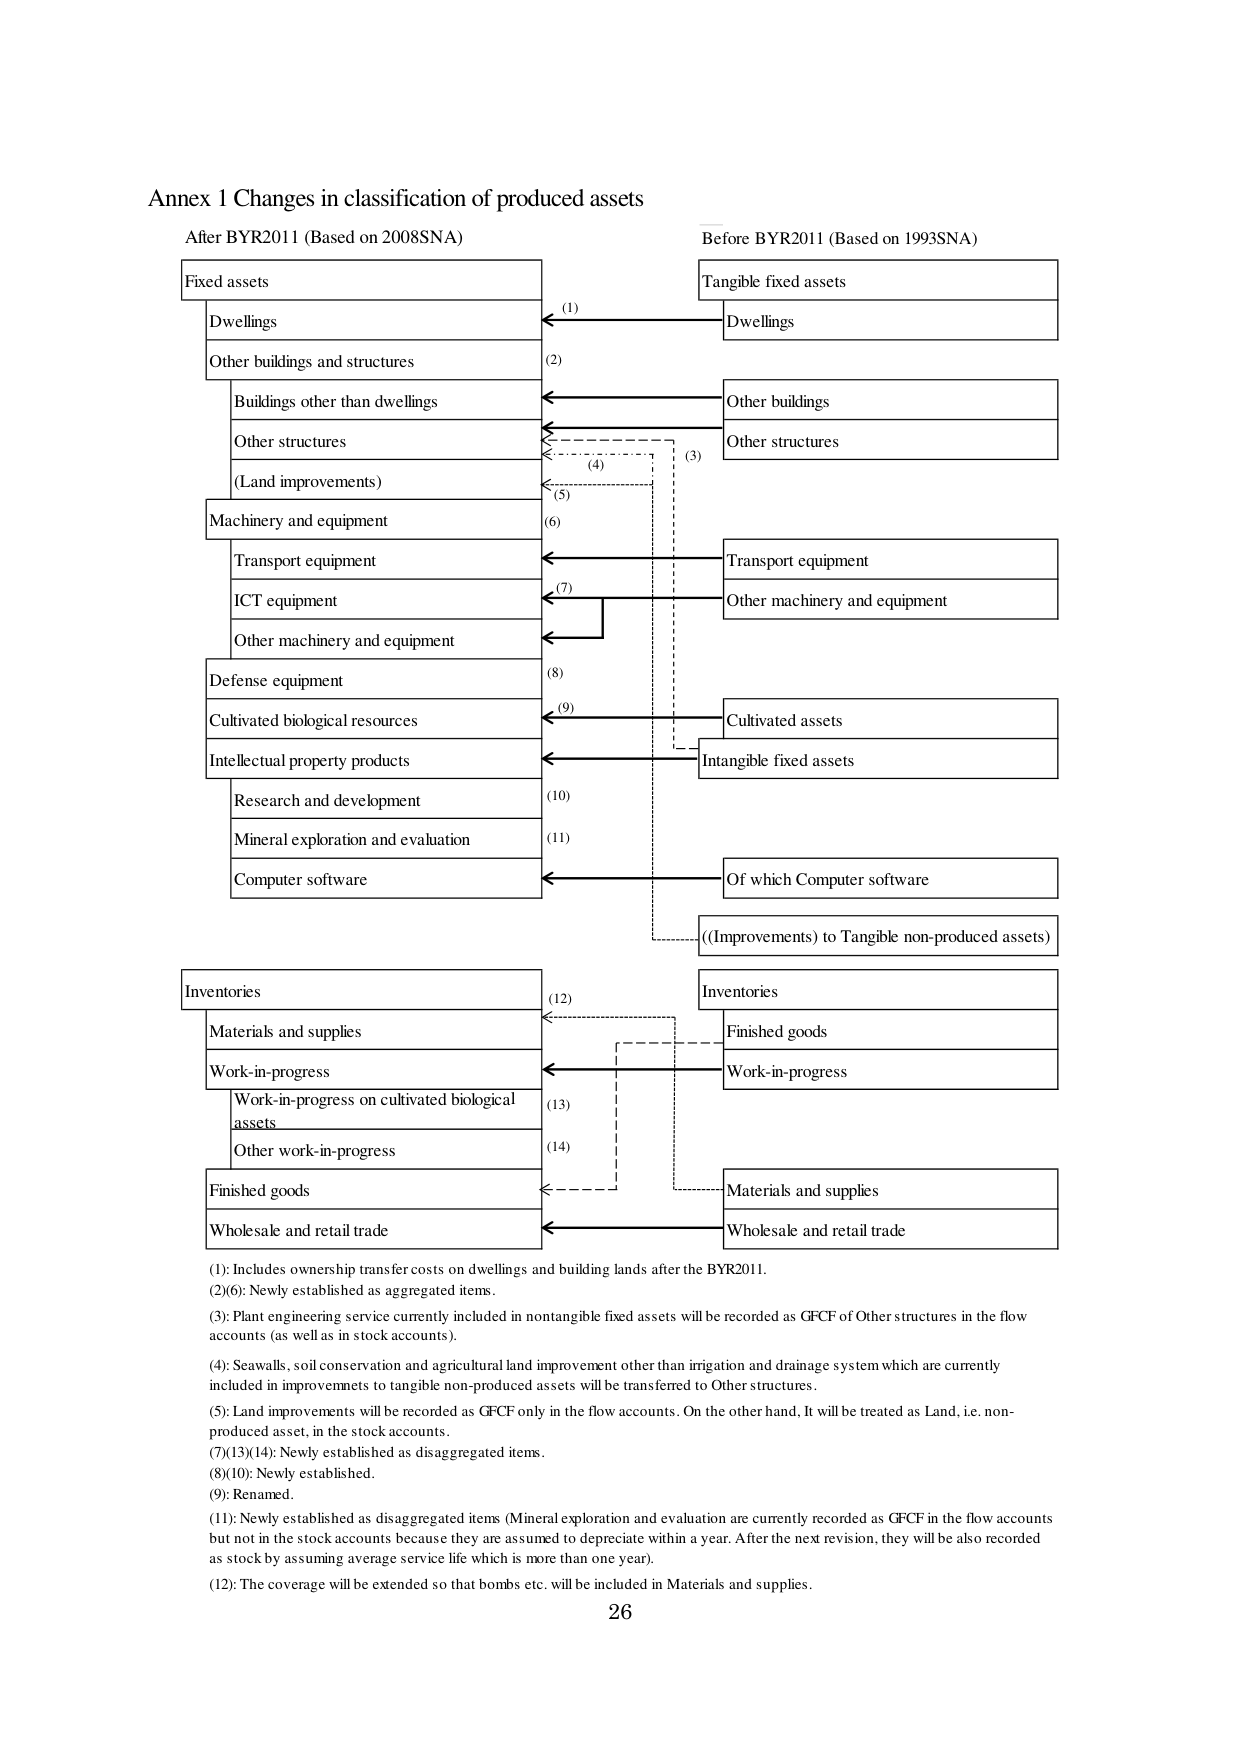
Annex 1 Changes in classification of produced assets

After BYR2011 (Based on 2008SNA)
Fixed assets
Dwellings
Other buildings and structures
Buildings other than dwellings
Other structures
(Land improvements)
Machinery and equipment
Transport equipment
ICT equipment
Other machinery and equipment
Defense equipment
Cultivated biological resources
Intellectual property products
Research and development
Mineral exploration and evaluation
Computer software
Inventories
Materials and supplies
Work-in-progress
Work-in-progress on cultivated biological assets
Other work-in-progress
Finished goods
Wholesale and retail trade

Before BYR2011 (Based on 1993SNA)
Tangible fixed assets
Dwellings
Other buildings
Other structures
Transport equipment
Other machinery and equipment
Cultivated assets
Intangible fixed assets
Of which Computer software
((Improvements) to Tangible non-produced assets)
Inventories
Finished goods
Work-in-progress
Materials and supplies
Wholesale and retail trade

(1): Includes ownership transfer costs on dwellings and building lands after the BYR2011.
(2)(6): Newly established as aggregated items.
(3): Plant engineering service currently included in nontangible fixed assets will be recorded as GFCF of Other structures in the flow accounts (as well as in stock accounts).
(4): Seawalls, soil conservation and agricultural land improvement other than irrigation and drainage system which are currently included in improvements to tangible non-produced assets will be transferred to Other structures.
(5): Land improvements will be recorded as GFCF only in the flow accounts. On the other hand, It will be treated as Land, i.e. non-produced asset, in the stock accounts.
(7)(13)(14): Newly established as disaggregated items.
(8)(10): Newly established.
(9): Renamed.
(11): Newly established as disaggregated items (Mineral exploration and evaluation are currently recorded as GFCF in the flow accounts but not in the stock accounts because they are assumed to depreciate within a year. After the next revision, they will be also recorded as stock by assuming average service life which is more than one year).
(12): The coverage will be extended so that bombs etc. will be included in Materials and supplies.

26